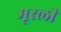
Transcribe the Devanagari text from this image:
मूरली